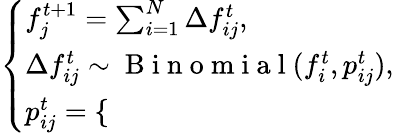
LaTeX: \left\{ \begin{array}{ll}{f_{j}^{t+1}=\sum_{i=1}^{N}\Delta f_{ij}^{t},}\\ {\Delta f_{ij}^{t}\sim\mathrm{~B~i~n~o~m~i~a~l~}(f_{i}^{t},{p}_{ij}^{t}),}\\ {p_{ij}^{t}=\left\{ \begin{array}{ll}{\begin{array}{rlr}\end{array}}\end{array}\right.}\end{array}\right.